Annual report of the Civil Veterinary Department, Bengal, and of the Bengal Veterinary College for the year 1906-1907 - 1906-1907
Year: 1906
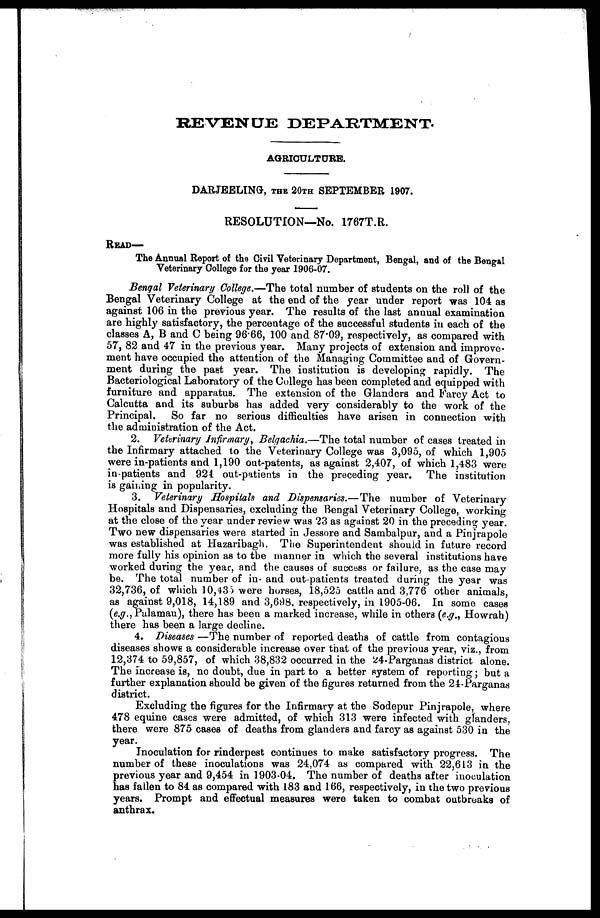
REVENUE DEPAETMENT.
AGRICULTURE.
DARJEELING, THE 20TH SEPTEMBER 1907.
RESOLUTION—No. 1T67T.R.
READ—
The Annual Report of the Civil Veterinary Department, Bengal, and of the Bengal
Veterinary College for the year 1906-07.
Bengal Veterinary College.—The total number of students on the roll of the
Bengal Veterinary College at the end of the year under report was 104 as
against 106 in the previous year. The results of the last annual examination
are highty satisfactory, the percentage of the successful students in each of the
classes A, B and C being 96.66, 100 and 87.09, respectively, as compared with
57, 82 and 47 in the previous year. Many projects of extension and improve-
ment have occupied the attention of the Managing Committee and of Govern-
ment during the past year. The institution is developing rapidly. The
Bacteriological Laboratory of the College has been completed and equipped with
furniture and apparatus. The extension of the Glanders and Farcy Act to
Calcutta and its suburbs has added very considerably to the work of the
Principal.
So far no serious difficulties have arisen in connection with
the administration of the Act.
2. Veterinary Infirmary, Belgachia.—The total number of cases treated in
the Infirmary attached to the Veterinary College was 3,095, of which 1,905
were in-patients and 1,190 out-patents, as against 2,407, of which 1,483 were
in-patients and 924 out-patients in the preceding year. The institution
is gaining in popularity.
3. Veterinary Hospitals and Dispensaries.—The
number of Veterinary
Hospitals and Dispensaries, excluding the Bengal Veterinary College, working
at the close of the year under review was 23 as against 20 in the preceding year.
Two new dispensaries were started in Jessore and Sambalpur, and a Pinjrapole
was established at Hazaribagh. The Superintendent should in future record
more fully his opinion as to the manner in which the several institutions have
worked during the year, and the causes of success or failure, as the case may
be. The total number of in- and out patients treated during the year was
32,736, of which 10,435 were horses, 18,525 cattle and 3,776 other animals,
as against 9,018, 14,189 and 3,698, respectively, in 1905-06. In some cases
(e.g.,Palamau), there has been a marked increase, while in others (e.g., Howrah)
there has been a large decline.
4. Diseases —The number of reported deaths of cattle from contagious
diseases shows a considerable increase over that of the previous year, viz., from
12,374 to 59,857, of which 38,832 occurred in the 24-Parganas district alone.
The increase is, no doubt, due in part to a better system of reporting; but a
further explanation should be given of the figures returned from the 24-Parganas
district.
Excluding the figures for the Infirmary at the Sodepur Pinjrapole, where
478 equine cases were admitted, of which 313 were infected with glanders,
there were 875 cases of deaths from glanders and farcy as against 530 in the
year.
Inoculation for rinderpest continues to make satisfactory progress. The
number of these inoculations was 24,074 as compared with 22,613 in the
previous year and 9,454 in 1903-04. The number of deaths after inoculation
has fallen to 84 as compared with 183 and 166, respectively, in the two previous
years. Prompt and effectual measures were taken to combat outbreaks of
anthrax.